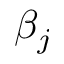
\beta _ { j }